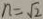
n = \sqrt { 2 }